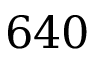
6 4 0